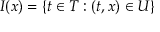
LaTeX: I ( x ) = \{ t \in T : ( t , x ) \in U \}